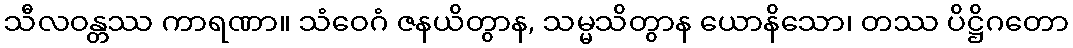
သီလဝန္တဿ ကာရဏာ။ သံဝေဂံ ဇနယိတွာန, သမ္မသိတွာန ယောနိသော၊ တဿ ပိဋ္ဌိဂတော